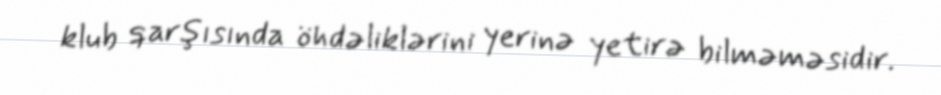
klub qarşısında öhdəliklərini yerinə yetirə bilməməsidir.